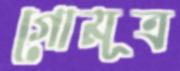
গোমূত্র